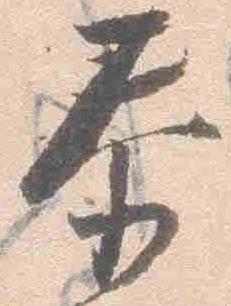
泰